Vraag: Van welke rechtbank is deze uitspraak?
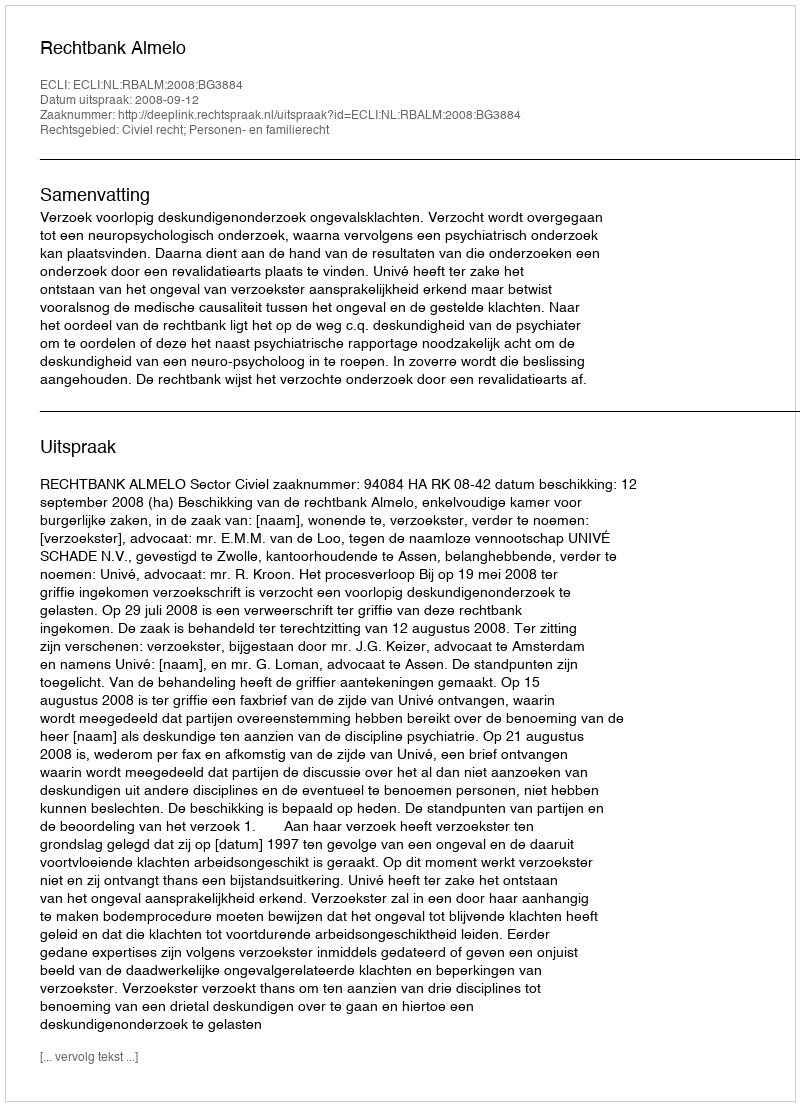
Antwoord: Rechtbank Almelo